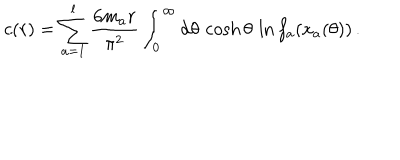
c ( r ) = \sum _ { a = 1 } ^ { l } \frac { 6 m _ { a } r } { \pi ^ { 2 } } \int _ { 0 } ^ { \infty } \mathrm { d } \theta \, \cosh \theta \, \ln f _ { a } ( x _ { a } ( \theta ) ) \, .